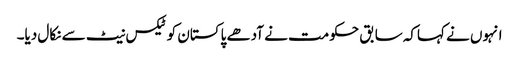
انہوں نے کہاکہ سابق حکومت نے آدھے پاکستان کو ٹیکس نیٹ سے نکال دیا۔